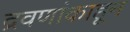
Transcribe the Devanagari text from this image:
द्रवणांकाहून